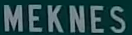
MEKNES